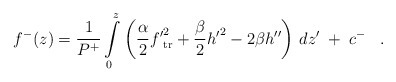
\begin{align*}f^-(z) = {1\over P^+} \int\limits_0^z\left({\alpha\over 2} {f'}_{\rm tr}^2 + {\beta\over 2}{h'}^2 -2\beta h''\right)\,dz'\;+\;c^-\;\;\;.\end{align*}